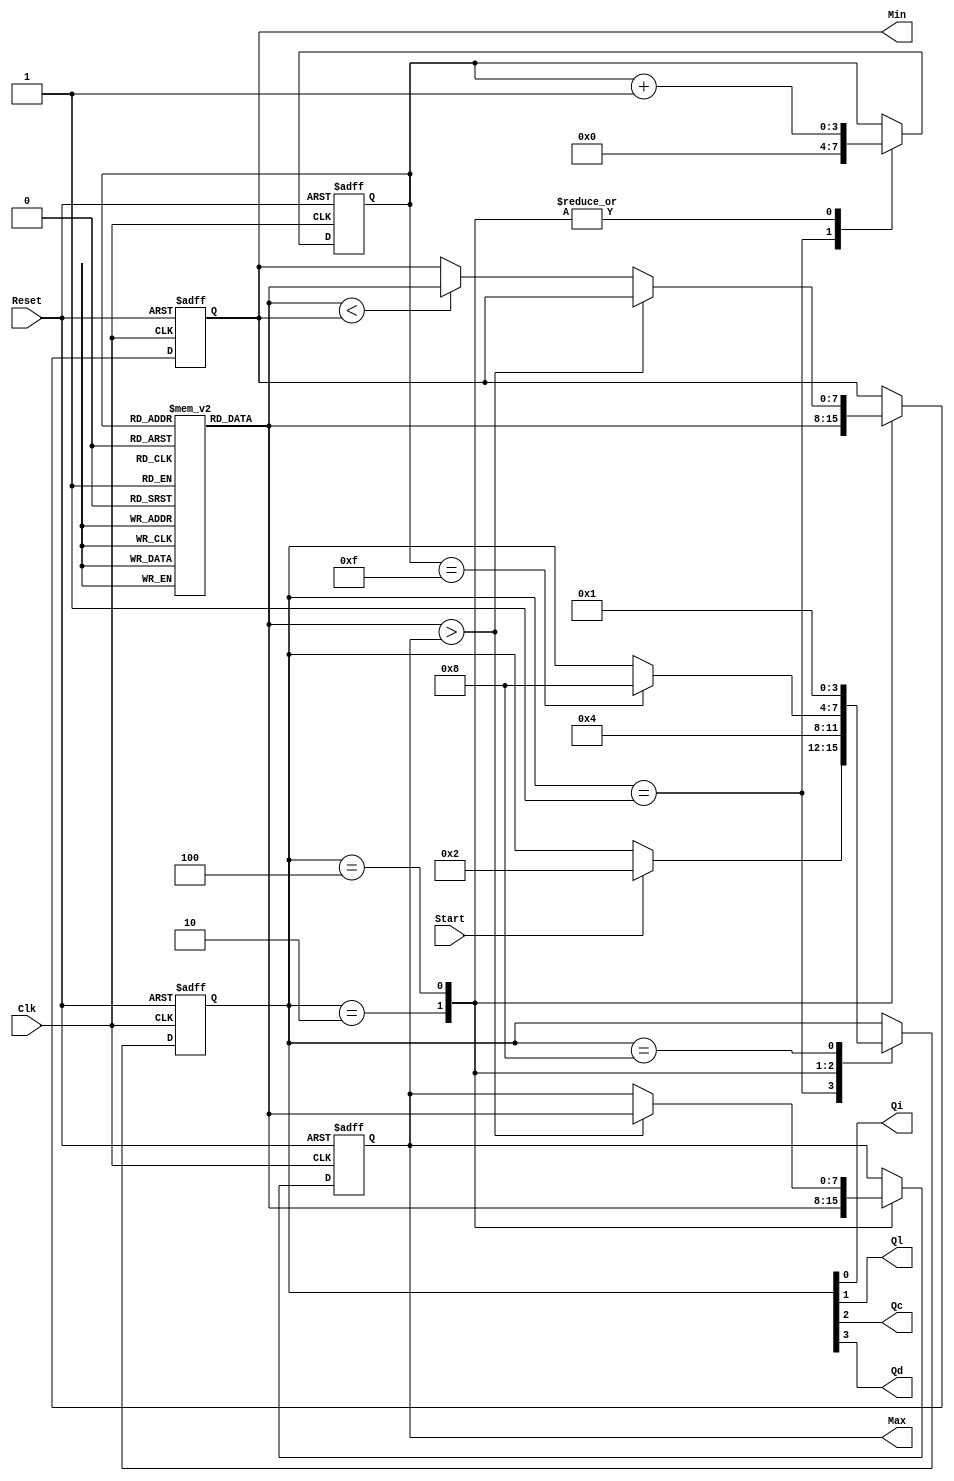
//////////////////////////////////////////////////////////////////////////////
//
// Copyright (c) 2010 Gandhi Puvvada, EE-Systems, VSoE, USC
//
// This design exercise, its solution, and its test-bench are confidential items.
// They are University of Southern California's (USC's) property. All rights are reserved.
// Students in our courses have right only to complete the exercise and submit it as part of their course work.
// They do not have any right on our exercise/solution or even on their completed solution as the solution contains our exercise.
// Students would be violating copyright laws besides the University's Academic Integrity rules if they post or convey to anyone
// either our exercise or our solution or their solution. 
// 
// THIS COPYRIGHT NOTICE MUST BE RETAINED AS PART OF THIS FILE (AND ITS SOLUTION AND/OR ANY OTHER DERIVED FILE) AT ALL TIMES.
//
//////////////////////////////////////////////////////////////////////////////
//
// A student would be violating the University's Academic Integrity rules if he/she gets help in writing or debugging the code 
// from anyone other than the help from his/her lab partner or his/her teaching team members in completing the exercise(s). 
// However he/she can discuss with fellow students the method of solving the exercise. 
// But writing the code or debugging the code should not be with the help of others. 
// One should never share the code or even look at the code of others (code from classmates or seniors 
// or any code or solution posted online or on GitHub).
// 
// THIS NOTICE OF ACADEMIC INTEGRITY MUST BE RETAINED AS PART OF THIS FILE (AND ITS SOLUTION AND/OR ANY OTHER DERIVED FILE) AT ALL TIMES.
//
//////////////////////////////////////////////////////////////////////////////



// EE457 RTL Exercises
// min_max_finder_part1.v (Part 1 uses two comparison units)
// Written by Nasir Mohyuddin, Gandhi Puvvada 
// June 5, 2010, 
// Given an array of 16 unsigned 8-bit numbers, we need to find the maximum and the minimum number

 
// Students: Please complete the code for the Data path and State transition operations in LOAD and COMPUTE states
`timescale 1 ns / 100 ps

module min_max_finder_part1 (Max, Min, Start, Clk, Reset, 
				           Qi, Ql, Qc, Qd);

input Start, Clk, Reset;
output [7:0] Max, Min;
output Qi, Ql, Qc, Qd;

reg [7:0] M [0:15]; 
//reg [7:0] X;
reg [3:0] state;
reg [7:0] Max;
reg [7:0] Min;
reg [3:0] I;

localparam 
INI  = 	4'b0001, // "Initial" state
LOAD = 	4'b0010, // "Load Max and Min with 1st Element" state
COMP = 	4'b0100, // "Compare each number with Min and Max and Update Min/Max if needed" state
DONE = 	4'b1000; // "Done finding Min and Max" state
         
         
assign {Qd, Qc, Ql, Qi} = state;

always @(posedge Clk, posedge Reset) 

  begin  : CU_n_DU
    if (Reset)
       begin
         state <= INI;
         I <= 4'bXXXX;
	      Max <= 8'bXXXXXXXX;
	      Min <= 8'bXXXXXXXX;
	//      X <= 8'bXXXXXXXX;	   // to avoid recirculating mux controlled by Reset 
	    end
    else
       begin
           case (state)
	        INI	: 
	          begin
		         // state transitions in the control unit
		         if (Start)
		           state <= LOAD;
		         // RTL operations in the Data Path            	              
		        I <= 0;
	          end
	        LOAD	:  	// complete the code for the Data path and State transition operations
	          begin
				Max <= M[I];
				Min <= M[I];
				I <= I+1;

				state <= COMP;
		           // RTL operations in the Data Path  
		                        // Load M[I] into Max
		                        // Load M[I] into Min
		                        // Increment I
		           // state transitions in the control unit
		                        // Transit unconditionally to the COMP state         
 	          end
	        
	        COMP :		// complete the code for the Data path and State transition operations
	          begin
				if (M[I]>Max)
					Max <= M[I];
				else if (M[I]<Min) begin
					Min <= M[I];
				end
				if (I==15) begin
					state <= DONE;
				end
				I <= I+1; 
	             // RTL operations in the Data Path   		                  
				                    // if M[I] is greater than Max
		                            // then load Max with M[I]
					                // if M[I] is less than Min
					                // then load Min with M[I]
				
				// state transitions in the control unit       
					                // If I reaches Max count (Terminal Count) 
					                // then transit to the DONE state. 
					  // We do not have to explicitly say that it should otherwise stay in the current state of COMP.
				                  // Increment I outside the if statement (out side begin-end of the if statement if you used begin-end				
	          end
	        
	        DONE	:
	          begin  
		         // state transitions in the control unit
		           state <= INI; // Transit to INI state unconditionally
		       end    
      endcase
    end 
  end 
endmodule  // min_max_finder_part1